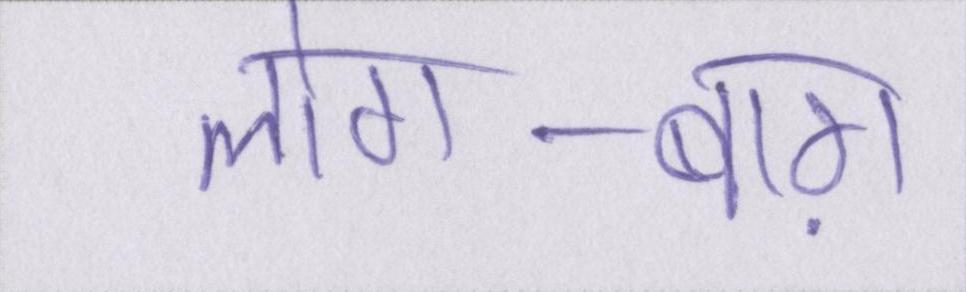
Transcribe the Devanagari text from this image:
लोग-बाग़